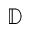
\mathbb { D }